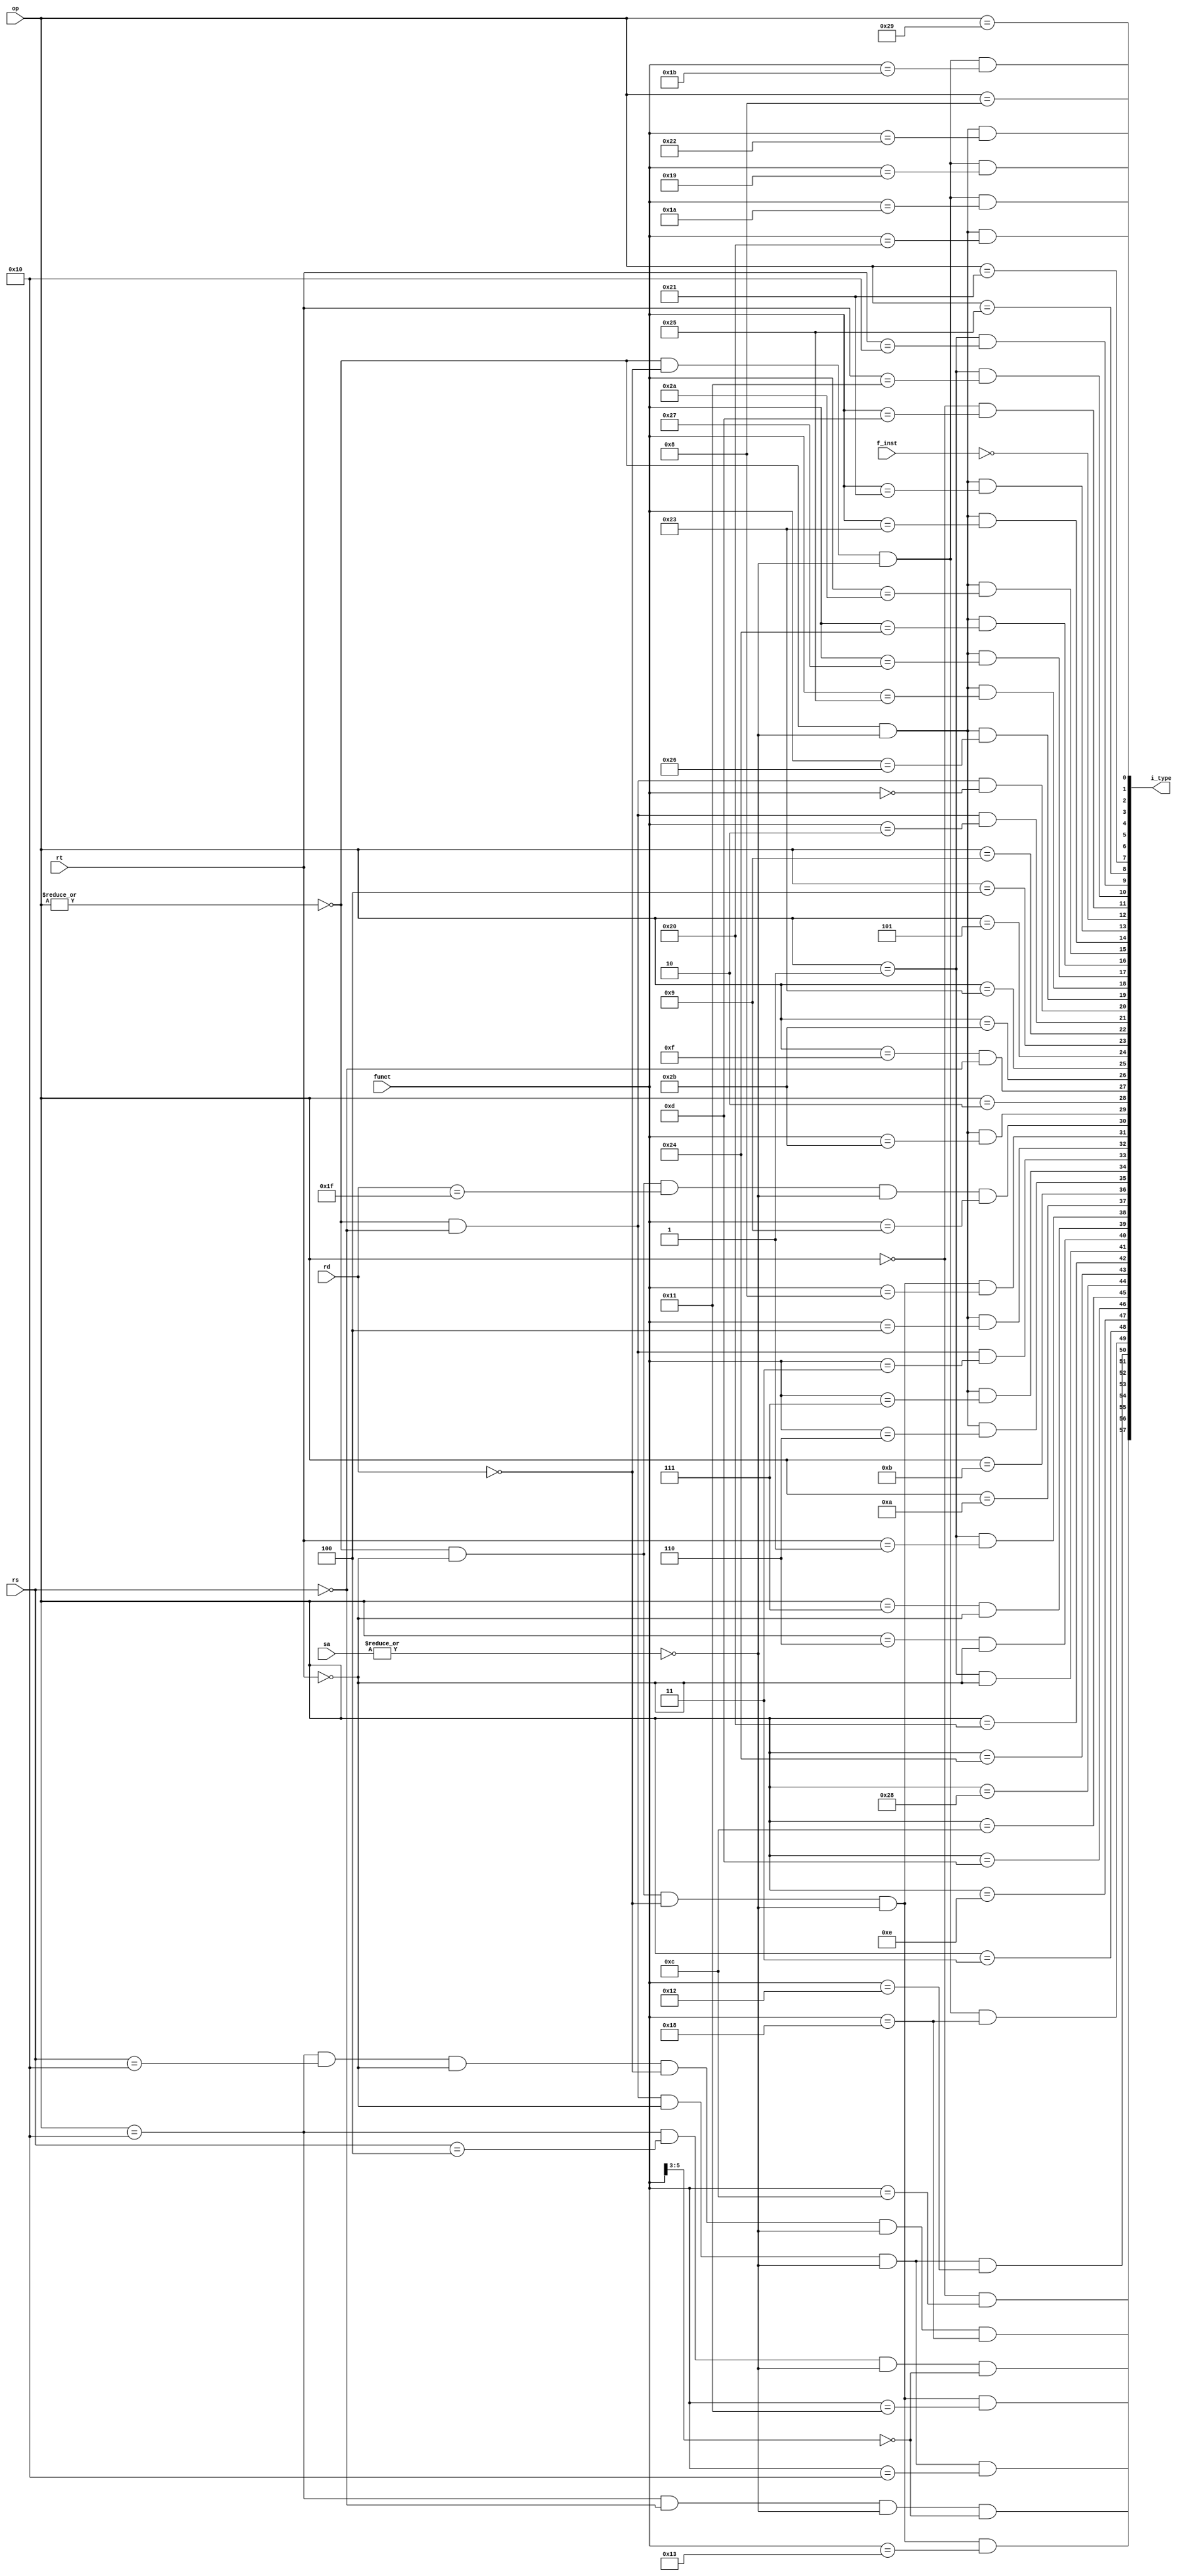
`timescale 1ns / 1ps



module inst_type(
        input [5:0]op,
        input [4:0]rd,
        input [4:0]sa,
        input [5:0]funct,
        input [4:0]rt,
        input [4:0]rs,
        input  [31:0]f_inst,
        output [57:0]i_type
    );
  
    
    wire op_zero; 
    wire sa_zero;  
    assign op_zero = ~(|op);
    assign sa_zero = ~(|sa);
   assign i_type[0]  = op_zero & sa_zero    & (funct == 6'b100000);
    assign i_type[13]  = op_zero & sa_zero    & (funct == 6'b100001);
    
    assign i_type[14]  = op_zero & sa_zero    & (funct == 6'b100011);
    assign i_type[1]  = op_zero & sa_zero    & (funct == 6'b100010);
    assign i_type[15]   = op_zero & sa_zero    & (funct == 6'b101010);
    assign i_type[29]  = op_zero & sa_zero    & (funct == 6'b101011);
    assign i_type[30]  = op_zero & (rt==5'd0) & (rd==5'd31)
                      & sa_zero & (funct == 6'b001001);       
    assign i_type[31]    = op_zero & (rt==5'd0) & (rd==5'd0 )
                      & sa_zero & (funct == 6'b001000);            
    assign i_type[16]   = op_zero & sa_zero    & (funct == 6'b100100);
    assign i_type[17]   = op_zero & sa_zero    & (funct == 6'b100111);
    assign i_type[18]    = op_zero & sa_zero    & (funct == 6'b100101);
    assign i_type[19]   = op_zero & sa_zero    & (funct == 6'b100110);
    assign i_type[20]   = op_zero & (rs==5'd0) & (funct == 6'b000000);
    assign i_type[32]  = op_zero & sa_zero    & (funct == 6'b000100);
    assign i_type[33]   = op_zero & (rs==5'd0) & (funct == 6'b000011);
    assign i_type[34]  = op_zero & sa_zero    & (funct == 6'b000111);
    assign i_type[21]   = op_zero & (rs==5'd0) & (funct == 6'b000010);
    assign i_type[35]  = op_zero & sa_zero    & (funct == 6'b000110);
    assign i_type[3]  = op_zero & (rd==5'd0)
                      & sa_zero & (funct == 6'b011010);            
    assign i_type[4]  = op_zero & (rd==5'd0)
                      & sa_zero & (funct == 6'b011011);                        
    assign i_type[49]  = op_zero & (rd==5'd0)
                      & sa_zero & (funct == 6'b011000);             
    assign i_type[5]  = op_zero & (rd==5'd0)
                      & sa_zero & (funct == 6'b011001);             
    assign i_type[50]  = op_zero & (rs==5'd0) & (rt==5'd0)
                      & sa_zero & (funct == 6'b010010);             
    assign i_type[51]  = op_zero & (rs==5'd0) & (rt==5'd0)
                      & sa_zero & (funct == 6'b010000);             
    assign i_type[52]  = op_zero & (rt==5'd0) & (rd==5'd0)
                      & sa_zero & (funct == 6'b010011);             
    assign i_type[53]  = op_zero & (rt==5'd0) & (rd==5'd0)
                      & sa_zero & (funct == 6'b010001);             
    assign i_type[2] = (op == 6'b001000);                             
    assign i_type[22] = (op == 6'b001001);            
    assign i_type[37]  = (op == 6'b001010);           
    assign i_type[36] = (op == 6'b001011);           
    assign i_type[23]   = (op == 6'b000100);             
    assign i_type[38]  = (op == 6'b000001) & (rt==5'd1);
    assign i_type[10]  = (op == 6'b000001) & (rt==5'b10001);
    assign i_type[39]  = (op == 6'b000111) & (rt==5'd0);
    assign i_type[40]  = (op == 6'b000110) & (rt==5'd0);
    assign i_type[41]  = (op == 6'b000001) & (rt==5'd0);
    assign i_type[9]  = (op == 6'b000001) & (rt==5'b10000);
    assign i_type[24]   = (op == 6'b000101);             
    assign i_type[25]    = (op == 6'b100011);             
    assign i_type[6]    = (op == 6'b101001);            
    assign i_type[26]    = (op == 6'b101011);           
    
    assign i_type[42]    = (op == 6'b100000);          
    assign i_type[43]   = (op == 6'b100100);            
    assign i_type[7]    = (op == 6'b100001);          
    assign i_type[8]   = (op == 6'b100101);           
    assign i_type[44]    = (op == 6'b101000);          
    assign i_type[45]  = (op == 6'b001100);           
    assign i_type[27]   = (op == 6'b001111) & (rs==5'd0);
    assign i_type[46]   = (op == 6'b001101);           
    assign i_type[47]  = (op == 6'b001110);            
    assign i_type[28]     = (op == 6'b000010);           
    assign i_type[48]   = (op == 6'b000011);          
    assign i_type[54]    = (op == 6'b010000) & (rs==5'd0) 
                        & sa_zero & (funct[5:3] == 3'b000); 
    assign i_type[55]    = (op == 6'b010000) & (rs==5'd4)
                        & sa_zero & (funct[5:3] == 3'b000); 
    assign i_type[57] = (op == 6'b000000) & (funct == 6'b001100); 
    assign i_type[11] = (op == 6'b000000) & (funct == 6'b001101); 
    assign i_type[56]    = (op == 6'b010000) & (rs==5'd16) & (rt==5'd0)
                        & (rd==5'd0) & sa_zero & (funct == 6'b011000);
    assign i_type[12]   =(f_inst==32'h00000000);
    
endmodule